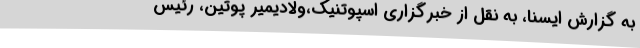
به گزارش ایسنا، به نقل از خبرگزاری اسپوتنیک،ولادیمیر پوتین، رئیس